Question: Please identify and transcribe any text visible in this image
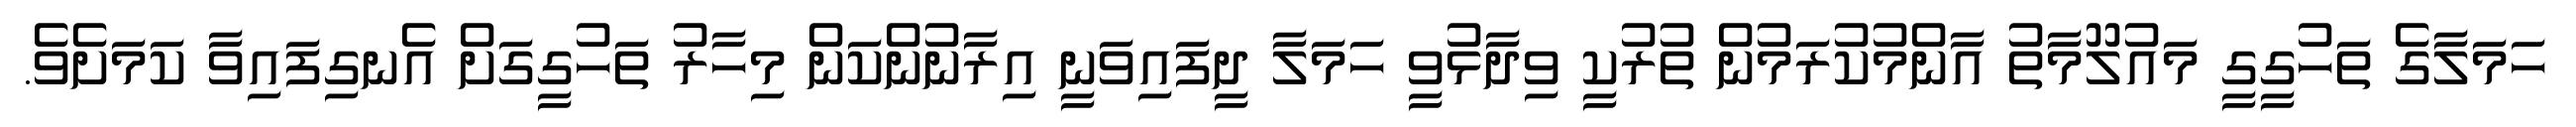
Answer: ހަމަލާގެ ތަހުގީގީ މައުލޫމާތު އާންމުކުރަމުން ތުރުކީ ވިދާޅުވީ ހަމަލާ ދީފައިވަނީ އިރާނުންކަން މިހާރު ތަހުގީގަށް އެނގިފައިވާ ކަމަށެވެ.